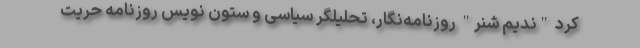
کرد "ندیم شِنر" روزنامه‌نگار، تحلیلگر سیاسی و ستون نویس روزنامه حریت